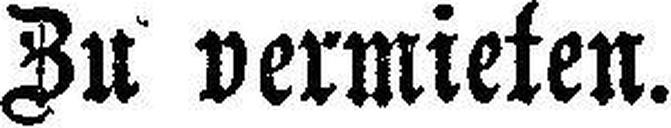
Zu vermieten.